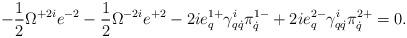
LaTeX: \begin{align*}-\frac12\Omega^{+2i}e^{-2}-\frac12\Omega^{-2i}e^{+2}-2ie^{1+}_q\gamma^i_{q\dot q}\pi^{1-}_{\dot q}+2ie^{2-}_q\gamma^i_{q\dot q}\pi^{2+}_{\dot q}=0.\end{align*}